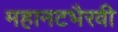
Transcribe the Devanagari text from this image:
महानटभैरवी